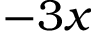
- 3 x